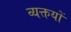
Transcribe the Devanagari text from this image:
व्यक्तयों